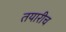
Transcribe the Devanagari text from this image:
तयारीच